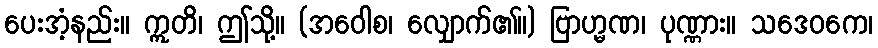
ပေးအံ့နည်း။ ဣတိ၊ ဤသို့။ (အဝေါစ၊ လျှောက်၏။) ဗြာဟ္မဏ၊ ပုဏ္ဏား။ သဒေဝကေ၊